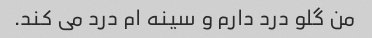
من گلو درد دارم و سینه ام درد می کند.